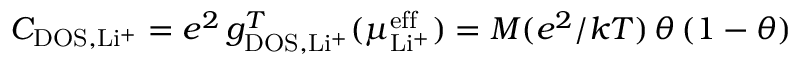
C _ { \mathrm { D O S } , \mathrm { L i ^ { + } } } = e ^ { 2 } \, g _ { \mathrm { D O S } , \mathrm { L i ^ { + } } } ^ { T } ( \mu _ { \mathrm { L i ^ { + } } } ^ { \mathrm { e f f } } ) = M ( e ^ { 2 } / k T ) \, \theta \, ( 1 - \theta )